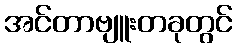
အင်တာဗျူးတခုတွင်